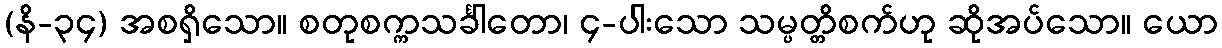
(နိ-၃၄) အစရှိသော။ စတုစက္ကသင်္ခါတော၊ ၄-ပါးသော သမ္ပတ္တိစက်ဟု ဆိုအပ်သော။ ယော